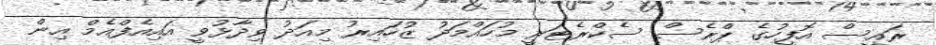
ރައީސް އޮފީހުގެ ޕްރެސް ސެކްރެޓަރީ މުހައްމަދު ޒުހައިރު މިއަދު ވިދާޅުވީ އައިއެފްއެމް އިން